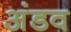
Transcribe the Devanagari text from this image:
अंडव